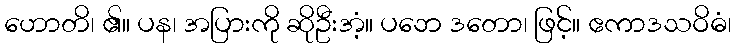
ဟောတိ၊ ၏။ ပန၊ အပြားကို ဆိုဦးအံ့။ ပဘေ ဒတော၊ ဖြင့်။ ဧကာဒသဝိဓံ၊